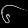
Digit: ၆